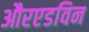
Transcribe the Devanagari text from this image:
औरएडविन